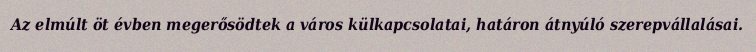
Az elmúlt öt évben megerősödtek a város külkapcsolatai, határon átnyúló szerepvállalásai.